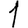
Digit: 1